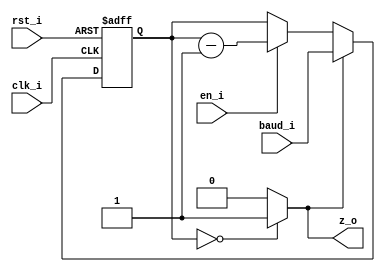
// Name: freq_div.v
//
// Description: Base de tiempo que genera los 9600 baudios.

module freq_div #(
  parameter Width = 14
) (
  input             clk_i,  // Reloj del sistema
  input             rst_i,  // Reset del sistema
  input             en_i,   // Habilitador que decrementa o mantiene al contador 
  input [Width-1:0] baud_i, // Valor que se le carga a la base de tiempo 
  output            z_o     // Salida de la base de tiempo  
);

  reg  [Width-1:0] reg_q;
  wire [Width-1:0] mux1;
  wire [Width-1:0] mux2;
  wire             comp;

  assign mux1 = (en_i) ? reg_q - 1 : reg_q; // Decrementa o mantiene el contador
  assign mux2 = (comp) ? baud_i : mux1;     // Carga baud o selecciona mux1

  always @(posedge clk_i, posedge rst_i) begin
    if (rst_i)
      reg_q <= 0;
    else
      reg_q <= mux2;    
  end

  assign comp = (reg_q == 0) ? 1'b1 : 1'b0; // Genera pulsos cada que se llega a 0
  assign z_o = comp;

endmodule